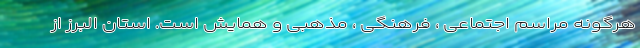
هرگونه مراسم اجتماعی ، فرهنگی ، مذهبی و همایش است. استان البرز از